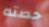
حصته